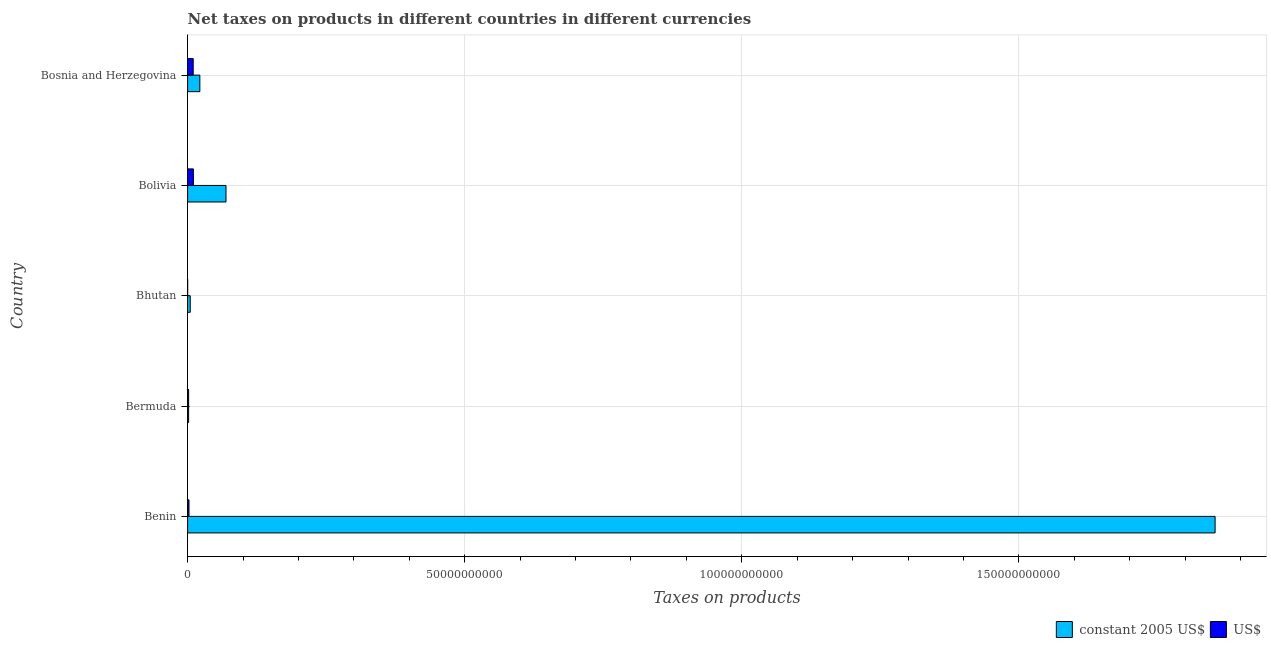
| Country | constant 2005 US$ | US$ |
 | --- | --- | --- |
 | Benin | 1.85e+11 | 2.53e+08 |
 | Bermuda | 1.85e+08 | 1.85e+08 |
 | Bhutan | 4.8e+08 | 1.02e+07 |
 | Bolivia | 6.93e+09 | 1.05e+09 |
 | Bosnia and Herzegovina | 2.21e+09 | 1.01e+09 |